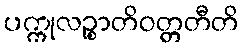
ပက္ကုလဉ္စာတိဝတ္တတီတိ